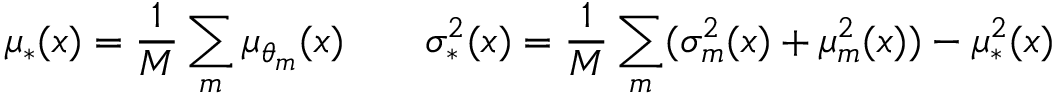
\mu _ { * } ( x ) = \frac { 1 } { M } \sum _ { m } \mu _ { \theta _ { m } } ( x ) \quad \quad \sigma _ { * } ^ { 2 } ( x ) = \frac { 1 } { M } \sum _ { m } ( \sigma _ { m } ^ { 2 } ( x ) + \mu _ { m } ^ { 2 } ( x ) ) - \mu _ { * } ^ { 2 } ( x )